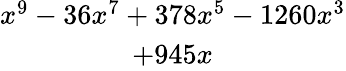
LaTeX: \begin{array}{c}{x^{9}-36x^{7}+378x^{5}-1260x^{3}}\\ {+945x}\end{array}